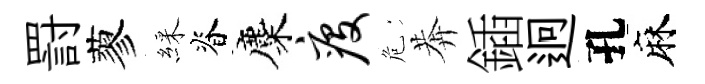
罸蓼綵脊麋疫危莾鍤迥孔麻